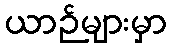
ယာဉ်များမှာ